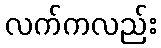
လက်ကလည်း